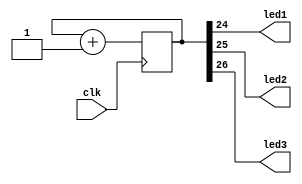


module test_led
(
	input wire clk,
  output wire led1,
  output wire led2,
  output wire led3

);

reg [31:0] sch=0;

always @(posedge clk)
begin

	sch<=sch+1'd1;

end

assign led1 = sch [24];
assign led2 = sch [25];
assign led3 = sch [26];

endmodule



module rst
(
  input wire clk,
  output wire reset

);

reg [31:0] a=32'hf0000000;

always @(posedge clk)
begin

	a<=a>>1;

end

assign reset = a [0];

endmodule